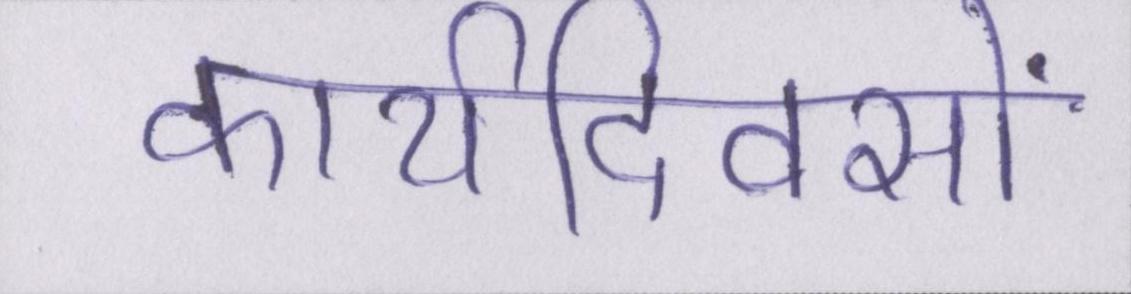
कार्यदिवसों